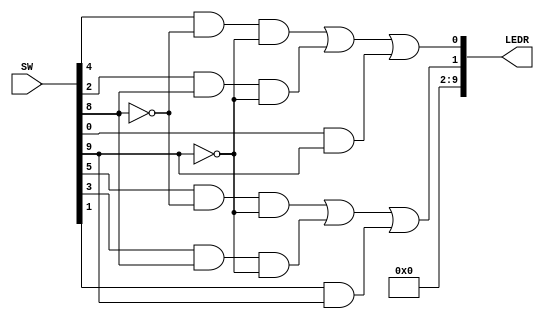
module Lab2(SW,LEDR);
	//Assigning inputs and outputs
	input [9:0]SW;
	output[9:0]LEDR;
	
	wire [1:0] U,V,W,M;
	wire [7:0] unused;
	wire s0,s1;
	
	//Assigning the select inputs
	assign s0 = SW[8];
	assign s1 = SW[9];
	
	//Assigning the 2-bit variables
	assign U = SW[5:4];
	assign V = SW[3:2];
	assign W = SW[1:0];
	
	//Assigning the two output LEDs to M
	assign LEDR[1:0] = M;
	
	//Turning off all unsued LEDs
	assign LEDR[9:2] = unused;
	assign unused = 8'b0;
	
	//Assigning the output to the operations of the 2-bit 3-to-1 Mux
	assign M[0] = (((U[0] & ~s0) & ~s1) | ((V[0] & s0) & ~s1) | ((W[0]) & s1));
	assign M[1] = (((U[1] & ~s0) & ~s1) | ((V[1] & s0) & ~s1) | ((W[1]) & s1));
	
endmodule